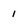
Character: 1